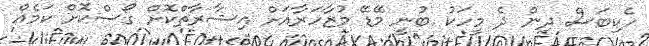
ހެކިބަސް ދިން ދެ މީހަކު ބުނީ މޭޑޭ މުޒާހަރާއަށް އިޝާރާތްކޮށް ގޯސްކޮށް ކަމެއް